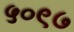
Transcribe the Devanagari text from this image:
५०९७